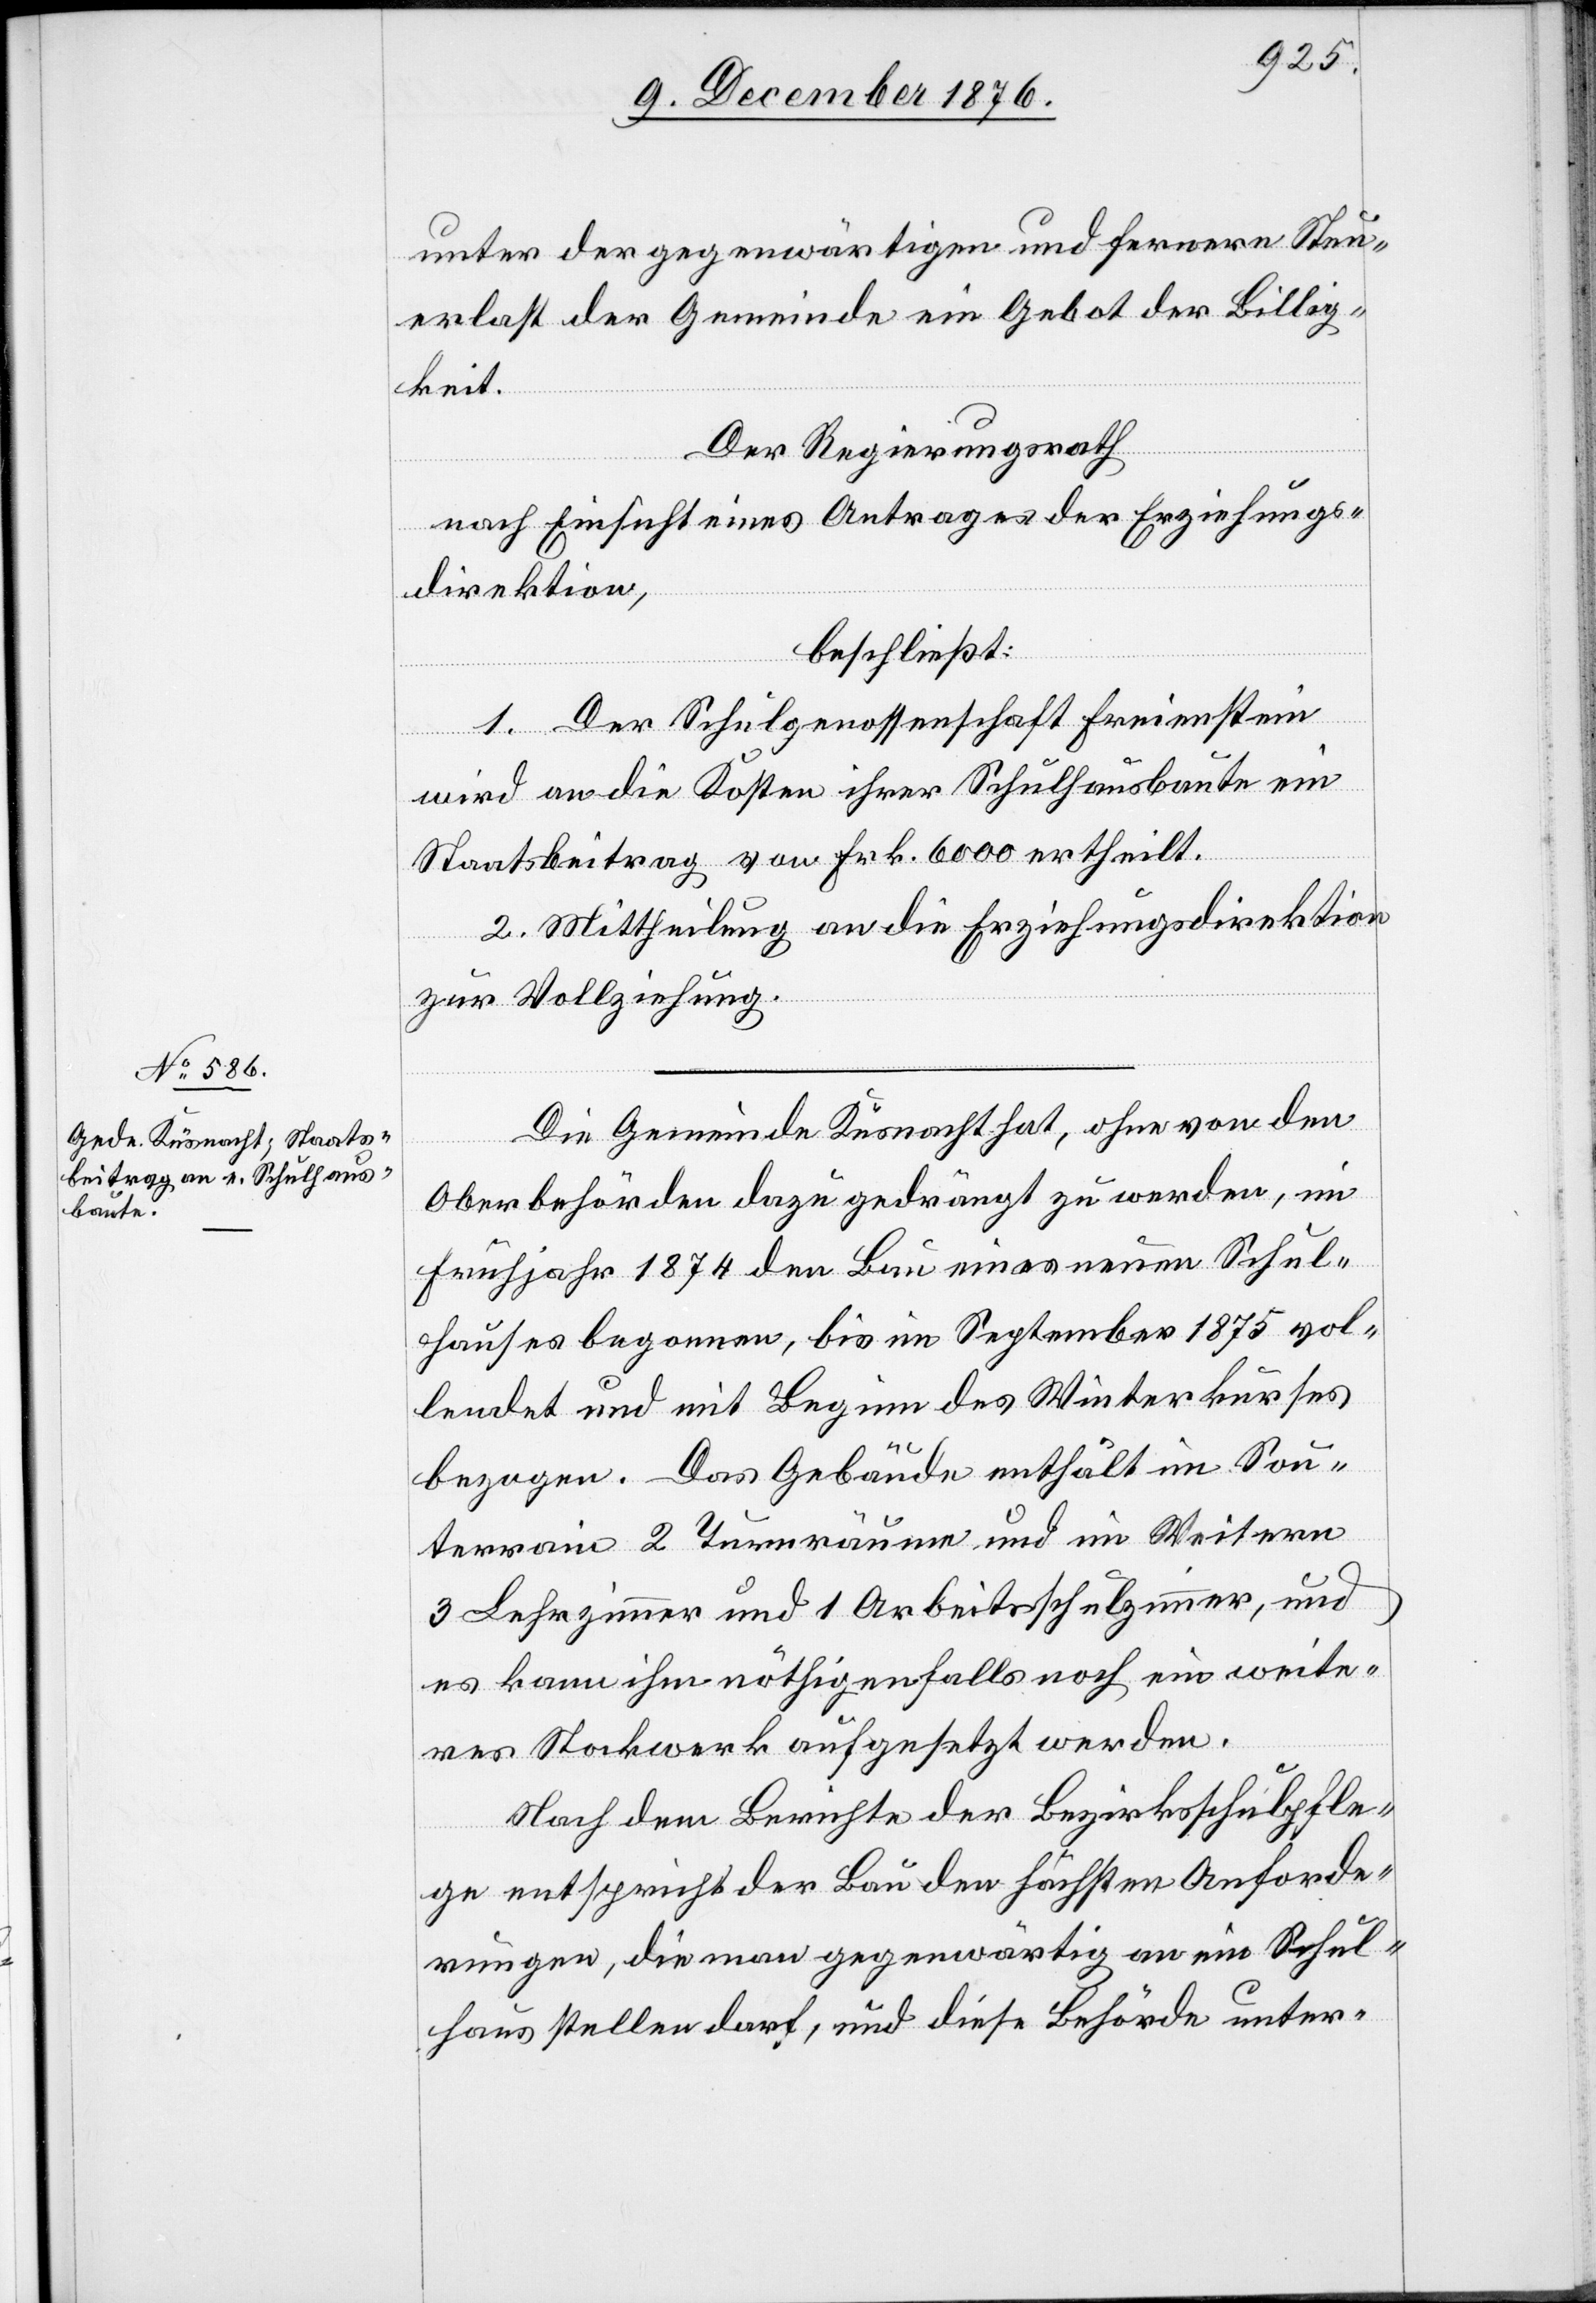
Die Gemeinde Küsnacht hat, ohne von den
Oberbehörden dazu gedrängt zu werden, im
Frühjahr 1874 den Bau eines neuen Schul¬
hauses begonnen, bis im September 1875 vol¬
lendet und mit Beginn des Winterkurses
bezogen. Das Gebäude enthält im Sou¬
terrain 2 Turnräume und im Weitern
3 Lehrzimmer und 1 Arbeitsschulzimmer, und
es kann ihm nöthigenfalls noch ein weite¬
res Stockwerk aufgesetzt werden.
Nach dem Berichte der Bezirksschulpfle¬
ge entspricht der Bau den höchsten Anforde¬
rungen, die man gegenwärtig an ein Schul¬
haus stellen darf, und diese Behörde unter-